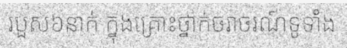
របួស៦នាក់ ក្នុងគ្រោះថ្នាក់ចរាចរណ៍ទូទាំង